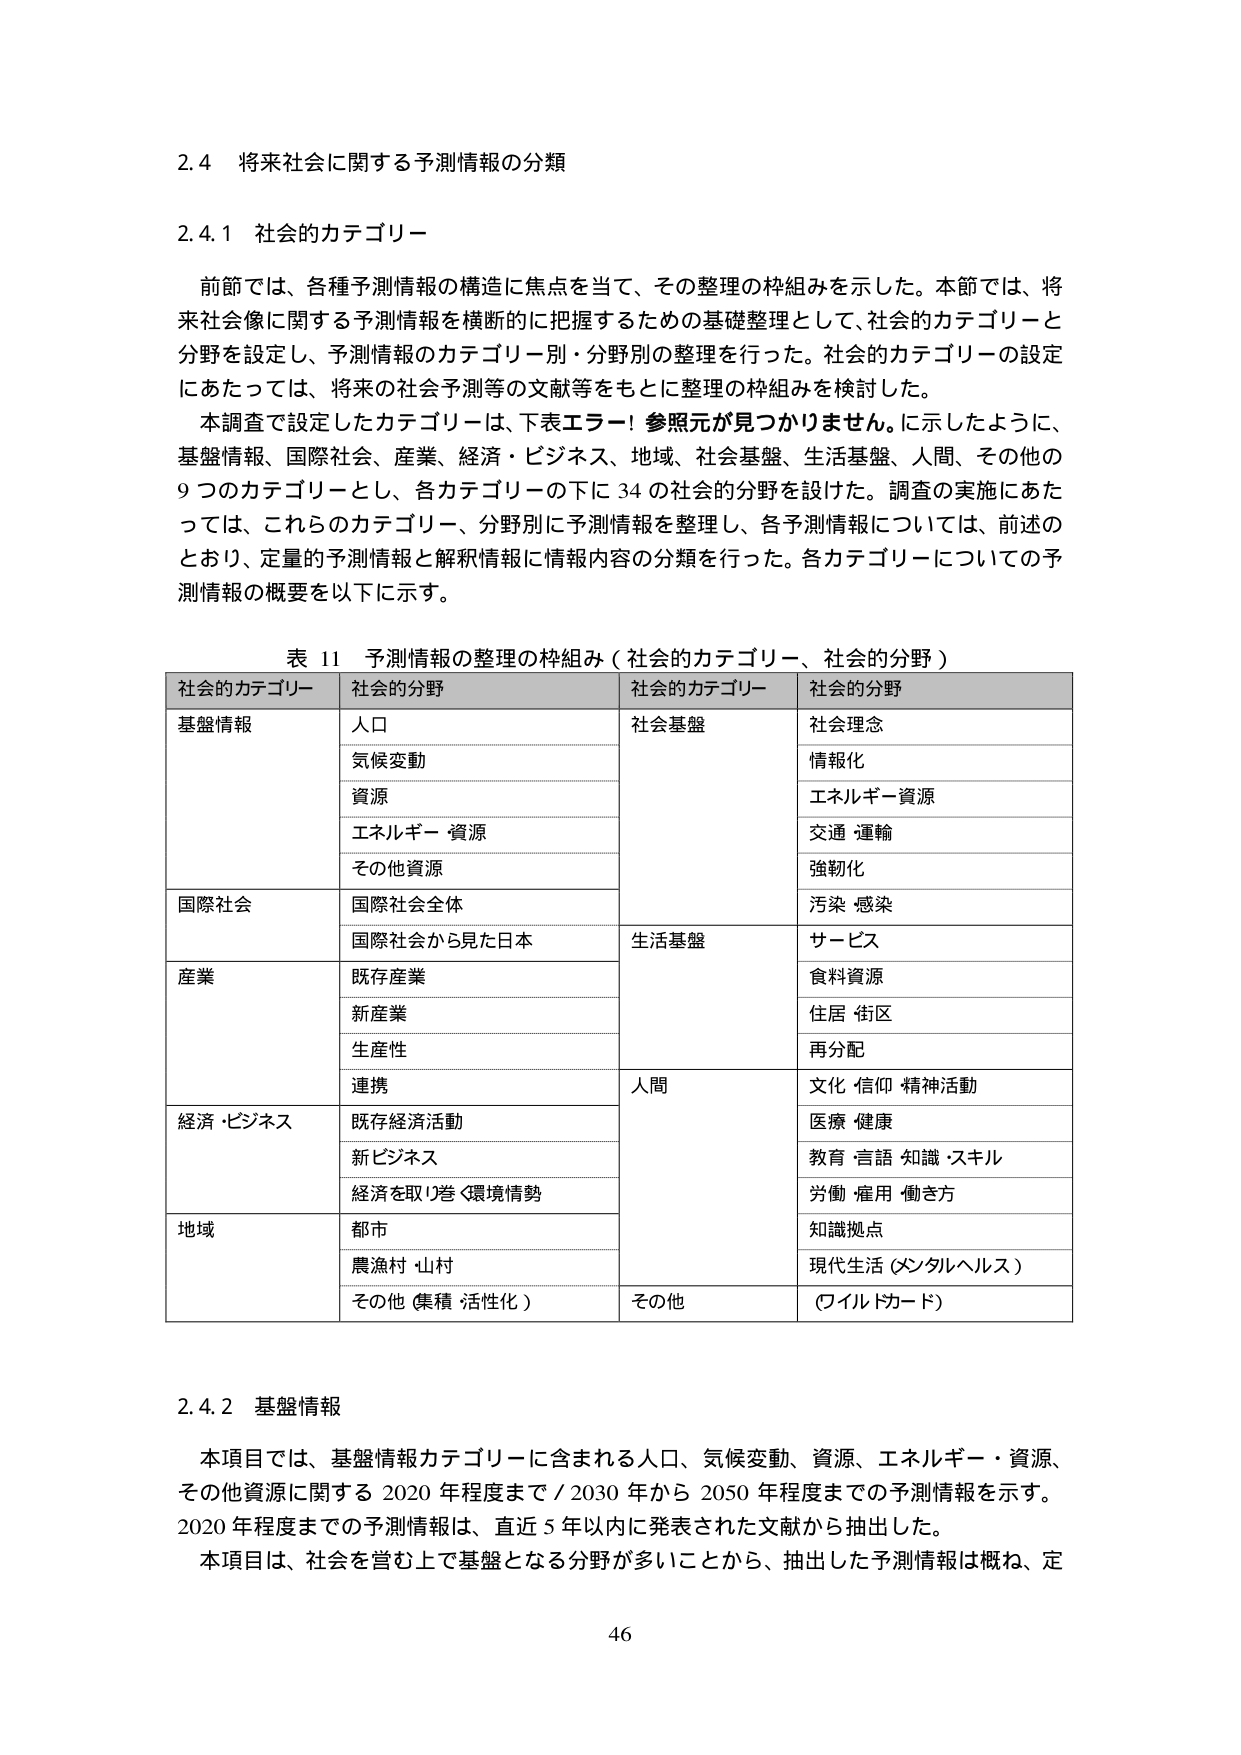
2.4 将来社会に関する予測情報の分類

2.4.1 社会的カテゴリー

前節では、各種予測情報の構造に焦点を当て、その整理の枠組みを示した。本節では、将来社会像に関する予測情報を横断的に把握するための基礎整理として、社会的カテゴリーと分野を設定し、予測情報のカテゴリー別・分野別の整理を行った。社会的カテゴリーの設定にあたっては、将来の社会予測等の文献等をもとに整理の枠組みを検討した。

本調査で設定したカテゴリーは、下表エラー! 参照元が見つかりません。に示したように、基盤情報、国際社会、産業、経済・ビジネス、地域、社会基盤、生活基盤、人間、その他の9つのカテゴリーとし、各カテゴリーの下に34の社会的分野を設けた。調査の実施にあたっては、これらのカテゴリー、分野別に予測情報を整理し、各予測情報については、前述のとおり、定量的予測情報と解釈情報に情報内容の分類を行った。各カテゴリーについての予測情報の概要を以下に示す。

表 11 予測情報の整理の枠組み（社会的カテゴリー、社会的分野）

社会的カテゴリー　社会的分野　社会的カテゴリー　社会的分野
基盤情報　　　人口　　　　　社会基盤　　　社会理念
　　　　　　　気候変動　　　　　　　　　　情報化
　　　　　　　資源　　　　　　　　　　　　エネルギー資源
　　　　　　　エネルギー・資源　　　　　　交通・運輸
　　　　　　　その他資源　　　　　　　　強靭化
国際社会　　　国際社会全体　　　　　　　　汚染・感染
　　　　　　　国際社会から見た日本　　　　生活基盤　　　サービス
産業　　　　　既存産業　　　　　　　　　　食料資源
　　　　　　　新産業　　　　　　　　　　　住居・街区
　　　　　　　生産性　　　　　　　　　　　再分配
　　　　　　　連携　　　　　　　　　　　　人間　　　文化・信仰・精神活動
経済・ビジネス　既存経済活動　　　　　　　医療・健康
　　　　　　　新ビジネス　　　　　　　　　教育・言語・知識・スキル
　　　　　　　経済を取り巻く環境情勢　　　労働・雇用・働き方
地域　　　　　都市　　　　　　　　　　　　知識拠点
　　　　　　　農漁村・山村　　　　　　　　現代生活（メンタルヘルス）
　　　　　　　その他（集積・活性化）　　　その他　　　（ワイルドカード）

2.4.2 基盤情報

本項目では、基盤情報カテゴリーに含まれる人口、気候変動、資源、エネルギー・資源、その他資源に関する2020年程度まで／2030年から2050年程度までの予測情報を示す。2020年程度までの予測情報は、直近5年以内に発表された文献から抽出した。

本項目は、社会を営む上で基盤となる分野が多いことから、抽出した予測情報は概ね、定

46